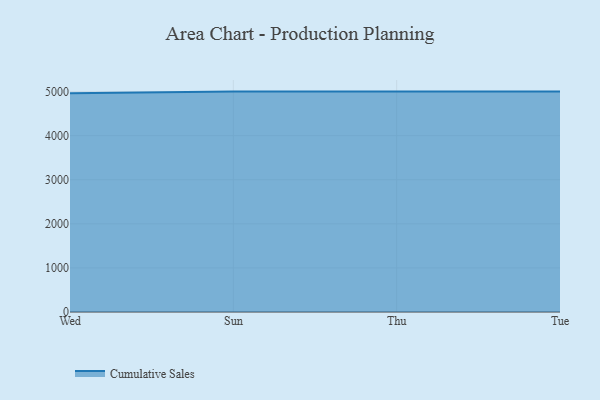
{"axis": {"x": "Day", "y": "Conversion Rate (%)"}, "legend": ["Cumulative Sales"], "data": [{"x": "Wed", "y": 4961.5, "type": "Cumulative Sales"}, {"x": "Sun", "y": 5000, "type": "Cumulative Sales"}, {"x": "Thu", "y": 5000, "type": "Cumulative Sales"}, {"x": "Tue", "y": 5000, "type": "Cumulative Sales"}]}